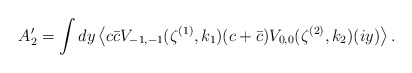
\begin{align*}A^\prime_2= \int dy \left\langle c\bar{c}V_{-1,-1}(\zeta^{(1)},k_1)(c+\bar{c})V_{0,0}(\zeta^{(2)},k_2)(iy)\right\rangle.\end{align*}